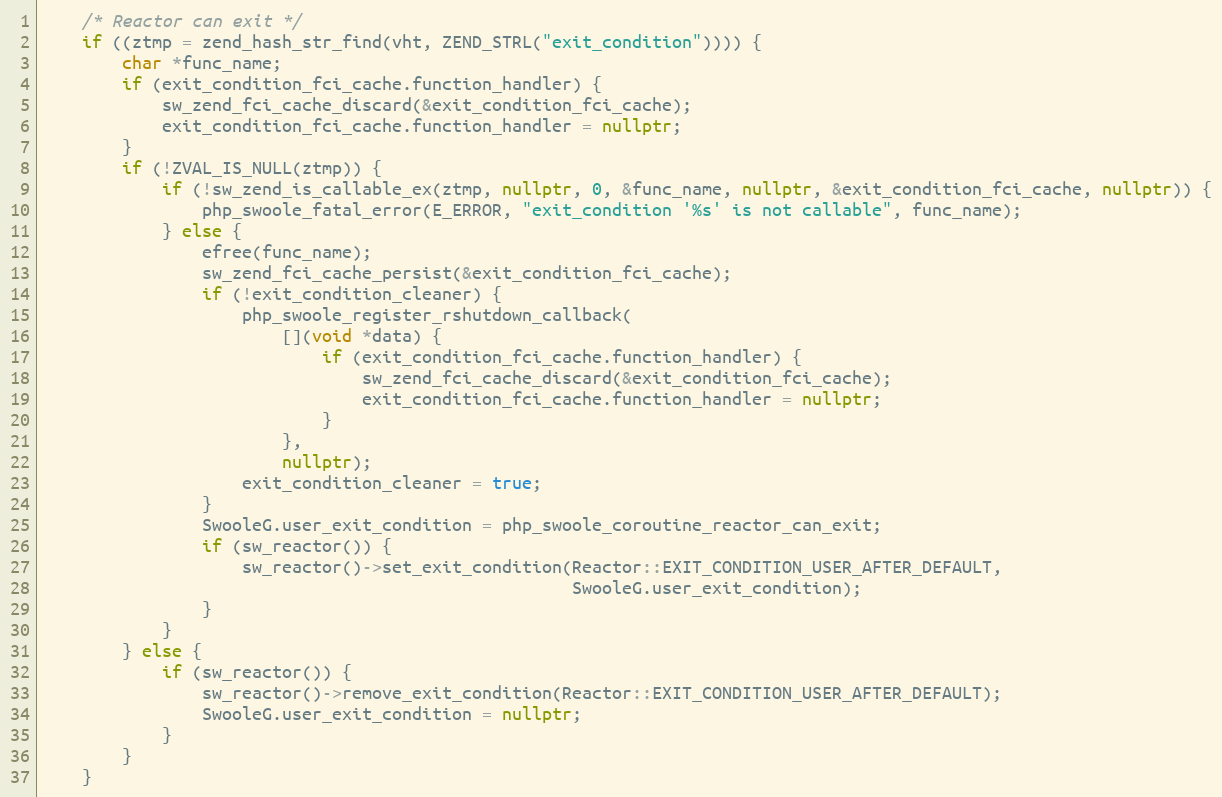
Language: C++
    /* Reactor can exit */
    if ((ztmp = zend_hash_str_find(vht, ZEND_STRL("exit_condition")))) {
        char *func_name;
        if (exit_condition_fci_cache.function_handler) {
            sw_zend_fci_cache_discard(&exit_condition_fci_cache);
            exit_condition_fci_cache.function_handler = nullptr;
        }
        if (!ZVAL_IS_NULL(ztmp)) {
            if (!sw_zend_is_callable_ex(ztmp, nullptr, 0, &func_name, nullptr, &exit_condition_fci_cache, nullptr)) {
                php_swoole_fatal_error(E_ERROR, "exit_condition '%s' is not callable", func_name);
            } else {
                efree(func_name);
                sw_zend_fci_cache_persist(&exit_condition_fci_cache);
                if (!exit_condition_cleaner) {
                    php_swoole_register_rshutdown_callback(
                        [](void *data) {
                            if (exit_condition_fci_cache.function_handler) {
                                sw_zend_fci_cache_discard(&exit_condition_fci_cache);
                                exit_condition_fci_cache.function_handler = nullptr;
                            }
                        },
                        nullptr);
                    exit_condition_cleaner = true;
                }
                SwooleG.user_exit_condition = php_swoole_coroutine_reactor_can_exit;
                if (sw_reactor()) {
                    sw_reactor()->set_exit_condition(Reactor::EXIT_CONDITION_USER_AFTER_DEFAULT,
                                                     SwooleG.user_exit_condition);
                }
            }
        } else {
            if (sw_reactor()) {
                sw_reactor()->remove_exit_condition(Reactor::EXIT_CONDITION_USER_AFTER_DEFAULT);
                SwooleG.user_exit_condition = nullptr;
            }
        }
    }